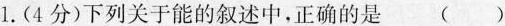
1.(4分)下列关于能的叙述中，正确的是 ( )